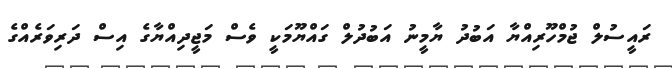
ރައީސުލް ޖުމްހޫރިއްޔާ އަބުދު ޔާމީނު އަބުދުލް ގައްޔޫމަކީ ވެސް މަޖީދިއްޔާގެ އިސް ދަރިވަރެއްގެ